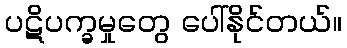
ပဋိပက္ခမှုတွေ ပေါ်နိုင်တယ်။